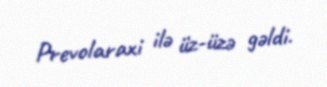
Prevolaraxi ilə üz-üzə gəldi.